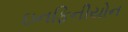
ઇનફિનીયોન